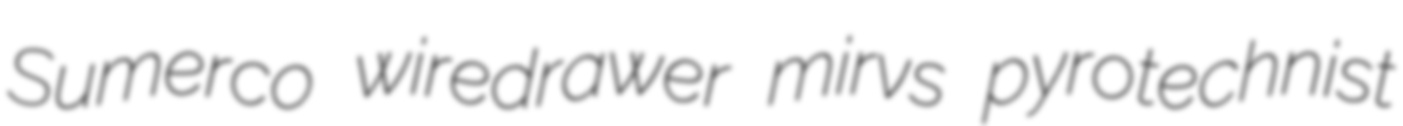
Sumerco wiredrawer mirvs pyrotechnist